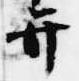
弁